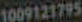
1009121795